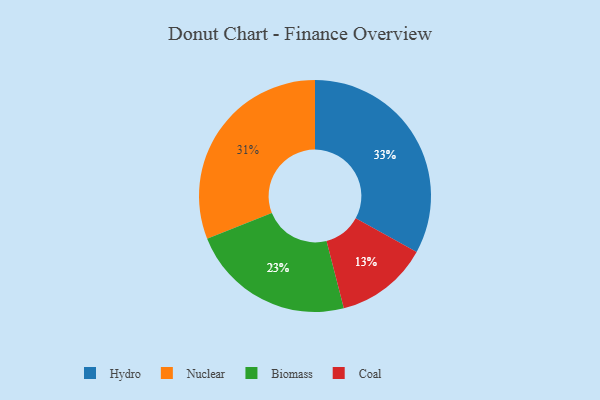
{"axis": {"x": "Category", "y": "Percentage"}, "legend": ["Biomass", "Coal", "Hydro", "Nuclear"], "data": [{"x": "Hydro", "y": 33, "type": "Hydro"}, {"x": "Biomass", "y": 23, "type": "Biomass"}, {"x": "Nuclear", "y": 31, "type": "Nuclear"}, {"x": "Coal", "y": 13, "type": "Coal"}]}